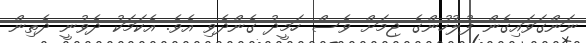
ނަންގަވައިގެން ފުލުހުންގެ ޖިމަށް ވެސް ހަމީދު ގެންދެވި އެވެ. އެކަމަކު ދެވުނީ ދެތިން